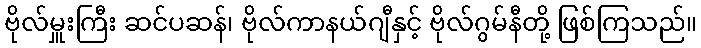
ဗိုလ်မှူးကြီး ဆင်ပဆန်၊ ဗိုလ်ကာနယ်ဂျီနှင့် ဗိုလ်ဂွမ်နီတို့ ဖြစ်ကြသည်။